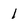
Character: 1